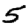
Digit: 5